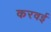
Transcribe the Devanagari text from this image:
करवई